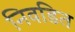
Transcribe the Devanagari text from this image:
निवडित